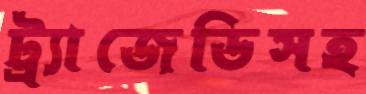
ট্র্যাজেডিসহ